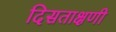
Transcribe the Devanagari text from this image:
दिसताक्षणी